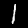
Digit: 1